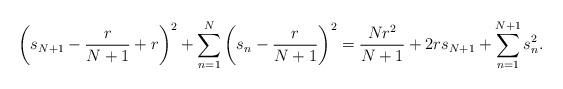
LaTeX: \begin{align*}\left(s_{N+1}-\frac{r}{N+1}+r\right)^2+\sum_{n=1}^N\left(s_n-\frac{r}{N+1}\right)^2=\frac{Nr^2}{N+1}+2rs_{N+1}+\sum_{n=1}^{N+1} s_n^2.\end{align*}